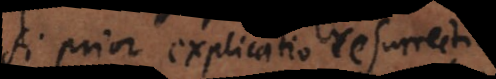
Si prior explicatio resurrectionis